Report on malaria in the Punjab during the year ...  together with an account of the work of the Punjab Malaria Bureau - Volume 3
Disease focus: Malaria
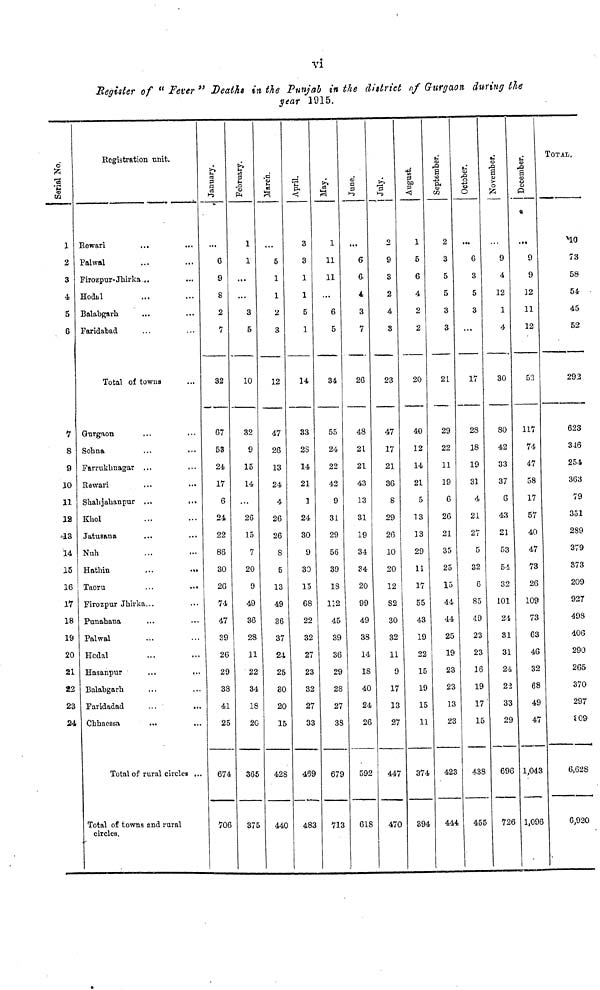
vi
Register of " Fever " Deaths in the Punjab in the district of Gurgaon during the
year 1915.
Serial No.
1
2
3
4
5
6
7
8
9
10
11
12
18
14
15
16
17
18
19
20
21
22
23
24
Registration unit.
Eewari
... ...
Palwal ... ...
Firozpur-Jhirka .. ...
Hodt.I ... ...
Balabgarli ... ...
Faridabad ... ...
Total of towns
Gurgaon ... ...
Sohna ... ...
Farrukhnagar ... ...
Eawari ... ...
Shabjalianpur ... ...
Khol ... ...
Jatusana ... ...
Nub... ...
Hatliin
...
...
Taoru ... ...
Firozpur Jhirka... ...
Punahana ... ...
Palwal ... ...
Hodal ... ...
Hasanpur ... ...
Balabgarh ... ...
Faridadad
...
...
Cbhaossa
... ...
Total of rural circles ...
Total of towns and rural
circles.
January.
G
9
8
2
7
32
07
53
24
17
6
24
22
86
30
26
74
47
39
26
29
38
41
25
674
706
February.
1
1
...
3
5
10
32
9
15
14
26
15
7
20
9
49
36
28
11
22
34
18
20
365
375
March.
5
1
1
2
3
12
47
26
13
24
4
26
26
S
5
13
49
36
37
24
25
80
20
15
428
440
April.
3
3
1
1
5
1
14
33
2S
14
21
1
24
30
9
30
15
68
22
32
27
23
32
27
33
469
483
May.
1
11
11
...
6
5
34
55
24
22
42
9
31
29
56
39
18
112
45
39
36
29
28
27
38
679
713
June.
6
6
4
3
7
26
48
21
21
43
13
31
19
34
34
20
99
49
38
14
IS
40
24
26
592
618
July.
2
9
3
2
4
8
23
47
17
21
36
5
29
26
10
20
12
82
30
32
11
9
17
13
27
447
470
August.
1
5
6
4
2
2
20
40
12
14
21
5
13
13
29
11
17
55
43
19
22
15
19
15
11
374
394
September.
2
3
5
5
3
3
21
29
22
11
19
6
26
21
35
25
13
44
44
25
19
23
23
13
23
423
444
October.
6
3
5
3
...
17
28
18
19
31
4
21
27
5
32
6
85
49
23
23
16
19
17
15
438
455
November.
9
4
12
1
4
30
80
42
33
37
6
43
21
53
54
32
101
24
31
31
24
22
33
29
696
726
December.
9
9
12
11
12
53
117
74
47
58
17
57
40
47
73
26
109
73
63
46
32
68
49
47
1,043
1,096
TOTAL.
HO
73
58
54
45
52
293
623
346
25-i
363
79
351
289
379
873
209
927
498
406
290
265
370
297
Í09
6,628
6,920